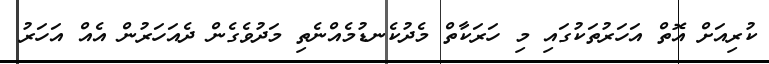
ކުރިއަށް އޮތް އަހަރުތަކުގައި މި ހަރަކާތް މެދުކެނޑުމެއްނެތި މަދުވެގެން ދެއަހަރުން އެއް އަހަރު